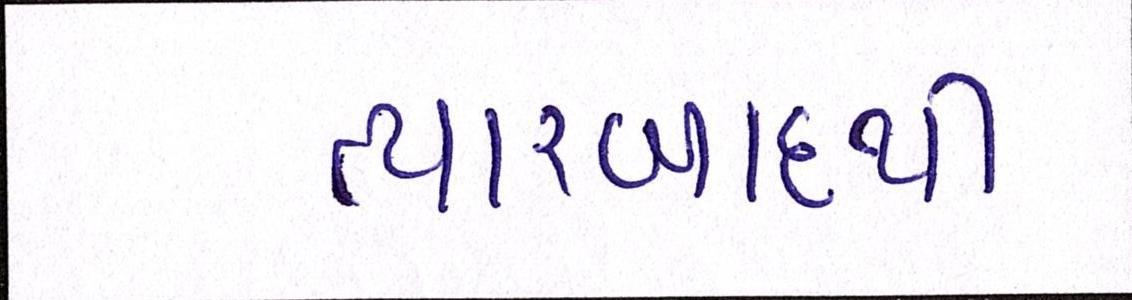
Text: ત્યારબાદથી